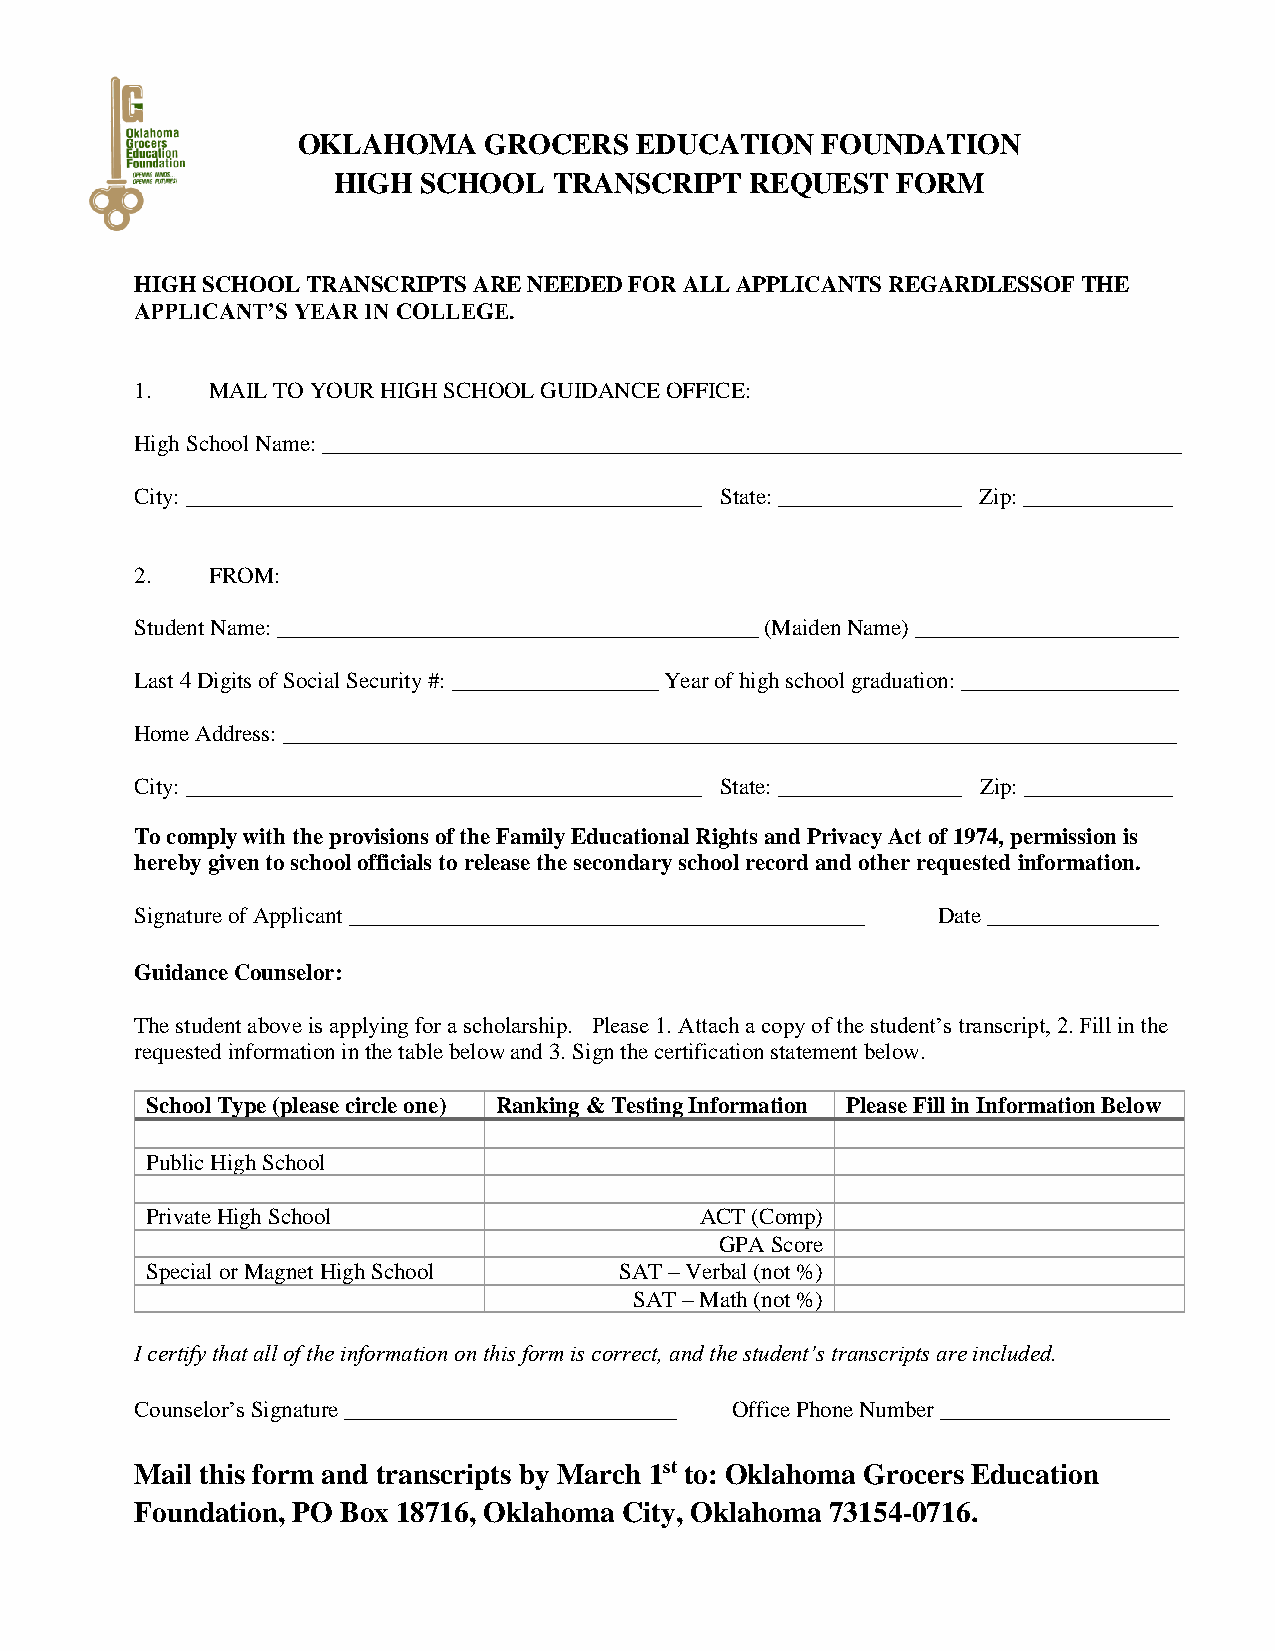
OKLAHOMA    GROCERS   EDUCATION   FOUNDATION
 HIGH  SCHOOL   TRANSCRIPT   REQUEST  FORM
 HIGH SCHOOL TRANSCRIPTS ARE NEEDED FOR ALL APPLICANTS REGARDLESSOF THE
 APPLICANT’S YEAR IN COLLEGE.
 1.   MAIL TO YOUR HIGH SCHOOL GUIDANCE OFFICE:
 High School Name: ___________________________________________________________________________
 City: _____________________________________________ State: ________________ Zip: _____________
 2.   FROM:
 Student Name: __________________________________________ (Maiden Name) _______________________
 Last 4 Digits of Social Security #: __________________ Year of high school graduation: ___________________
 Home Address: ______________________________________________________________________________
 City: _____________________________________________ State: ________________ Zip: _____________
 To comply with the provisions of the Family Educational Rights and Privacy Act of 1974, permission is
 hereby given to school officials to release the secondary school record and other requested information.
 Signature of Applicant _____________________________________________ Date _______________
 Guidance Counselor:
 The student above is applying for a scholarship. Please 1. Attach a copy of the student’s transcript, 2. Fill in the
 requested information in the table below and 3. Sign the certification statement below.
 School Type (please circle one) Ranking & Testing Information Please Fill in Information Below
 Public High School
 Private High School                 ACT (Comp)
 GPA Score
 Special or Magnet High School  SAT – Verbal (not %)
 SAT – Math (not %)
 I certify that all of the information on this form is correct, and the student’s transcripts are included.
 Counselor’s Signature _____________________________ Office Phone Number ____________________
 Mail this form and transcripts by March 1st to: Oklahoma Grocers Education
 Foundation, PO Box 18716, Oklahoma City, Oklahoma 73154-0716.